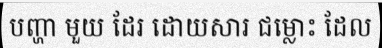
បញ្ហា មួយ ដែរ ដោយសារ ជម្លោះ ដែល